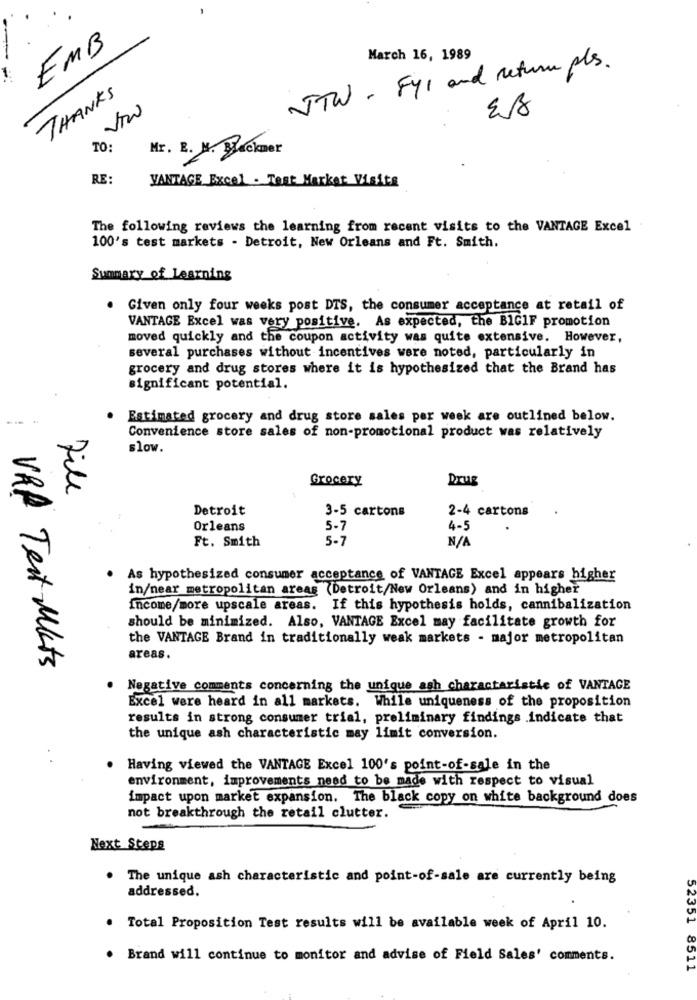
EMB
March 16, 1989
JTW. Fy1 and return pls.
THANKS
TO:
Mr. R. M. Buckner
RE:
VANTAGE Excel . Test Market Visits
The following reviews the learning from recent visits to the VANTAGE Excel
100's test markets . Detroit, New Orleans and Ft. Smith.
Summary of Learning
Given only four weeks post DTS, the consumer acceptance at retail of
VANTAGE Excel was very positive. As expected, the BIGIF promotion
moved quickly and the coupon activity was quite extensive. However,
several purchases without incentives were noted, particularly in
grocery and drug stores where it is hypothesized that the Brand has
significant potential.
Estimated grocery and drug store sales per week are outlined below.
Convenience store sales of non-promotional product was relatively
slow.
Grocery
Drug
file
Detroit
3-5 cartons
2-4 cartons
Orleans
5-7
4-5
Ft. Smith
5-7
As hypothesized consumer acceptance of VANTAGE Excel appears higher
in/near metropolitan areas (Detroit/New Orleans) and in higher
Income/more upscale areas. If this hypothesis holds, cannibalization
should be minimized. Also, VANTAGE Excel may facilitate growth for
the VANTAGE Brand in traditionally weak markets - major metropolitan
areas.
VRA Test Mats
Negative comments concerning the unique ash characteristic of VANTAGE
Excel were heard in all markets. While uniqueness of the proposition
results in strong consumer trial, preliminary findings indicate that
the unique ash characteristic may limit conversion.
Having viewed the VANTAGE Excel 100's point-of-sale in the
environment, improvements need to be made with respect to visual
impact upon market expansion. The black copy on white background does
not breakthrough the retail clutter.
Next Steps
. The unique ash characteristic and point-of-sale are currently being
addressed.
. Total Proposition Test results will be available week of April 10.
. Brand will continue to monitor and advise of Field Sales' comments.
52351 8511